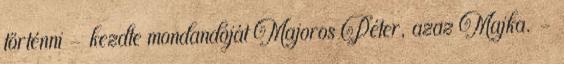
történni – kezdte mondandóját Majoros Péter, azaz Majka. –